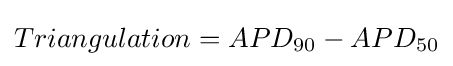
Triangulation=APD_{90}-APD_{50}